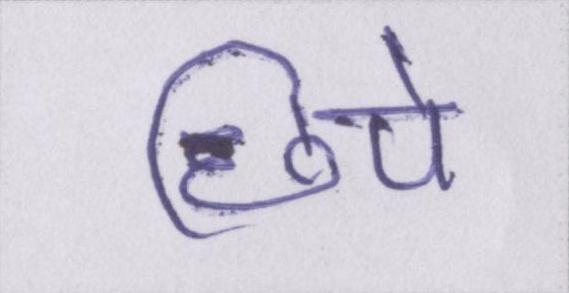
छिपे